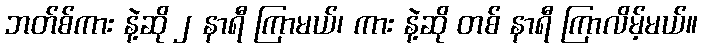
ဘတ်စ်ကား နဲ့ဆို ၂ နာရီ ကြာမယ်၊ ကား နဲ့ဆို တစ် နာရီ ကြာလိမ့်မယ်။